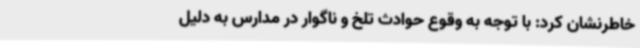
خاطرنشان کرد: با توجه به وقوع حوادث تلخ و ناگوار در مدارس به دلیل